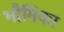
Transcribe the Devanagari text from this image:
भौमिका